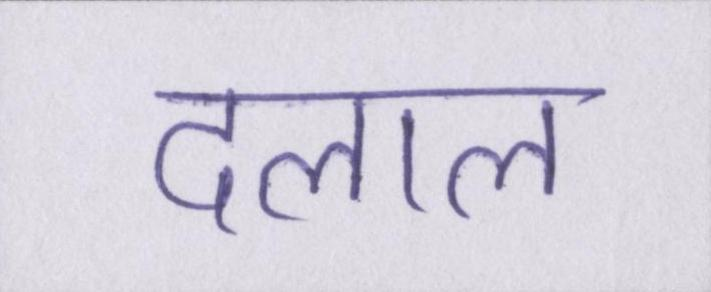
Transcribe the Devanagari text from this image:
दलाल